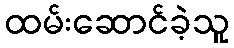
ထမ်းဆောင်ခဲ့သူ